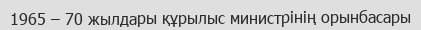
1965 – 70 жылдары құрылыс министрінің орынбасары